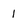
Character: 1